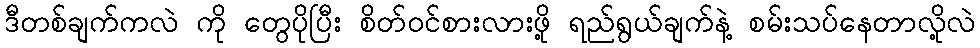
ဒီတစ်ချက်ကလဲ ကို တွေပိုပြီး စိတ်ဝင်စားလားဖို့ ရည်ရွယ်ချက်နဲ့ စမ်းသပ်နေတာလို့လဲ